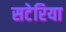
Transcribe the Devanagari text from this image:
सटेरिया